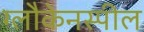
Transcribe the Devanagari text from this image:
ग्लौकेनस्पील